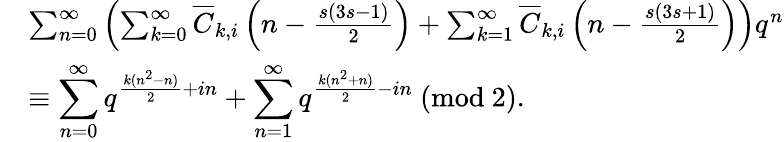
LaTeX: \begin{array}{rl}&{\sum_{n=0}^{\infty}\left(\sum_{k=0}^{\infty}\overline{{C}}_{k,i}\left(n-\frac{s(3s-1)}{2}\right)+\sum_{k=1}^{\infty}\overline{{C}}_{k,i}\left(n-\frac{s(3s+1)}{2}\right)\right)q^{n}}\\ &{\equiv\displaystyle\sum_{n=0}^{\infty}q^{\frac{k(n^{2}-n)}{2}+in}+\displaystyle\sum_{n=1}^{\infty}q^{\frac{k(n^{2}+n)}{2}-in}\ (\mathrm{mod}\ 2).}\end{array}